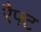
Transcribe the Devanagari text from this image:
रैफ्ट